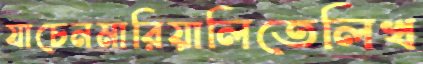
যাচেনমারিয়ালিতেলিখ